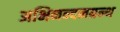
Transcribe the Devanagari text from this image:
अभिनन्दनग्रन्थ